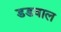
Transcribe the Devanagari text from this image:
डडवाल